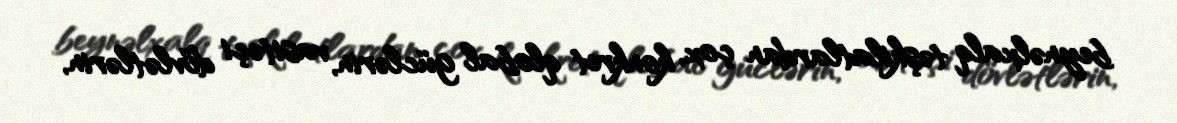
beynəlxalq təşkilatlardan çox, konkret qlobal güclərin, vasitəçi dövlətlərin,